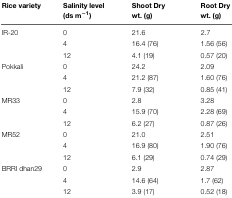
<table><thead><tr><td><b>Rice variety</b></td><td><b>Salinity level(ds m<sup>-1</sup>)</b></td><td><b>Shoot Drywt. (g)</b></td><td><b>Root Drywt. (g)</b></td></tr></thead><tbody><tr><td>IR-20</td><td>0</td><td>21.6</td><td>2.7</td></tr><tr><td></td><td>4</td><td>16.4 (76)</td><td>1.56 (56)</td></tr><tr><td></td><td>12</td><td>4.1 (19)</td><td>0.57 (20)</td></tr><tr><td>Pokkali</td><td>0</td><td>24.2</td><td>2.09</td></tr><tr><td></td><td>4</td><td>21.2 (87)</td><td>1.60 (76)</td></tr><tr><td></td><td>12</td><td>7.9 (32)</td><td>0.85 (41)</td></tr><tr><td>MR33</td><td>0</td><td>2.8</td><td>3.28</td></tr><tr><td></td><td>4</td><td>15.9 (70)</td><td>2.28 (69)</td></tr><tr><td></td><td>12</td><td>6.2 (27)</td><td>0.87 (26)</td></tr><tr><td>MR52</td><td>0</td><td>21.0</td><td>2.51</td></tr><tr><td></td><td>4</td><td>16.9 (80)</td><td>1.90 (76)</td></tr><tr><td></td><td>12</td><td>6.1 (29)</td><td>0.74 (29)</td></tr><tr><td>BRRI dhan29</td><td>0</td><td>2.9</td><td>2.87</td></tr><tr><td></td><td>4</td><td>14.6 (64)</td><td>1.7 (62)</td></tr><tr><td></td><td>12</td><td>3.9 (17)</td><td>0.52 (18)</td></tr></tbody></table>